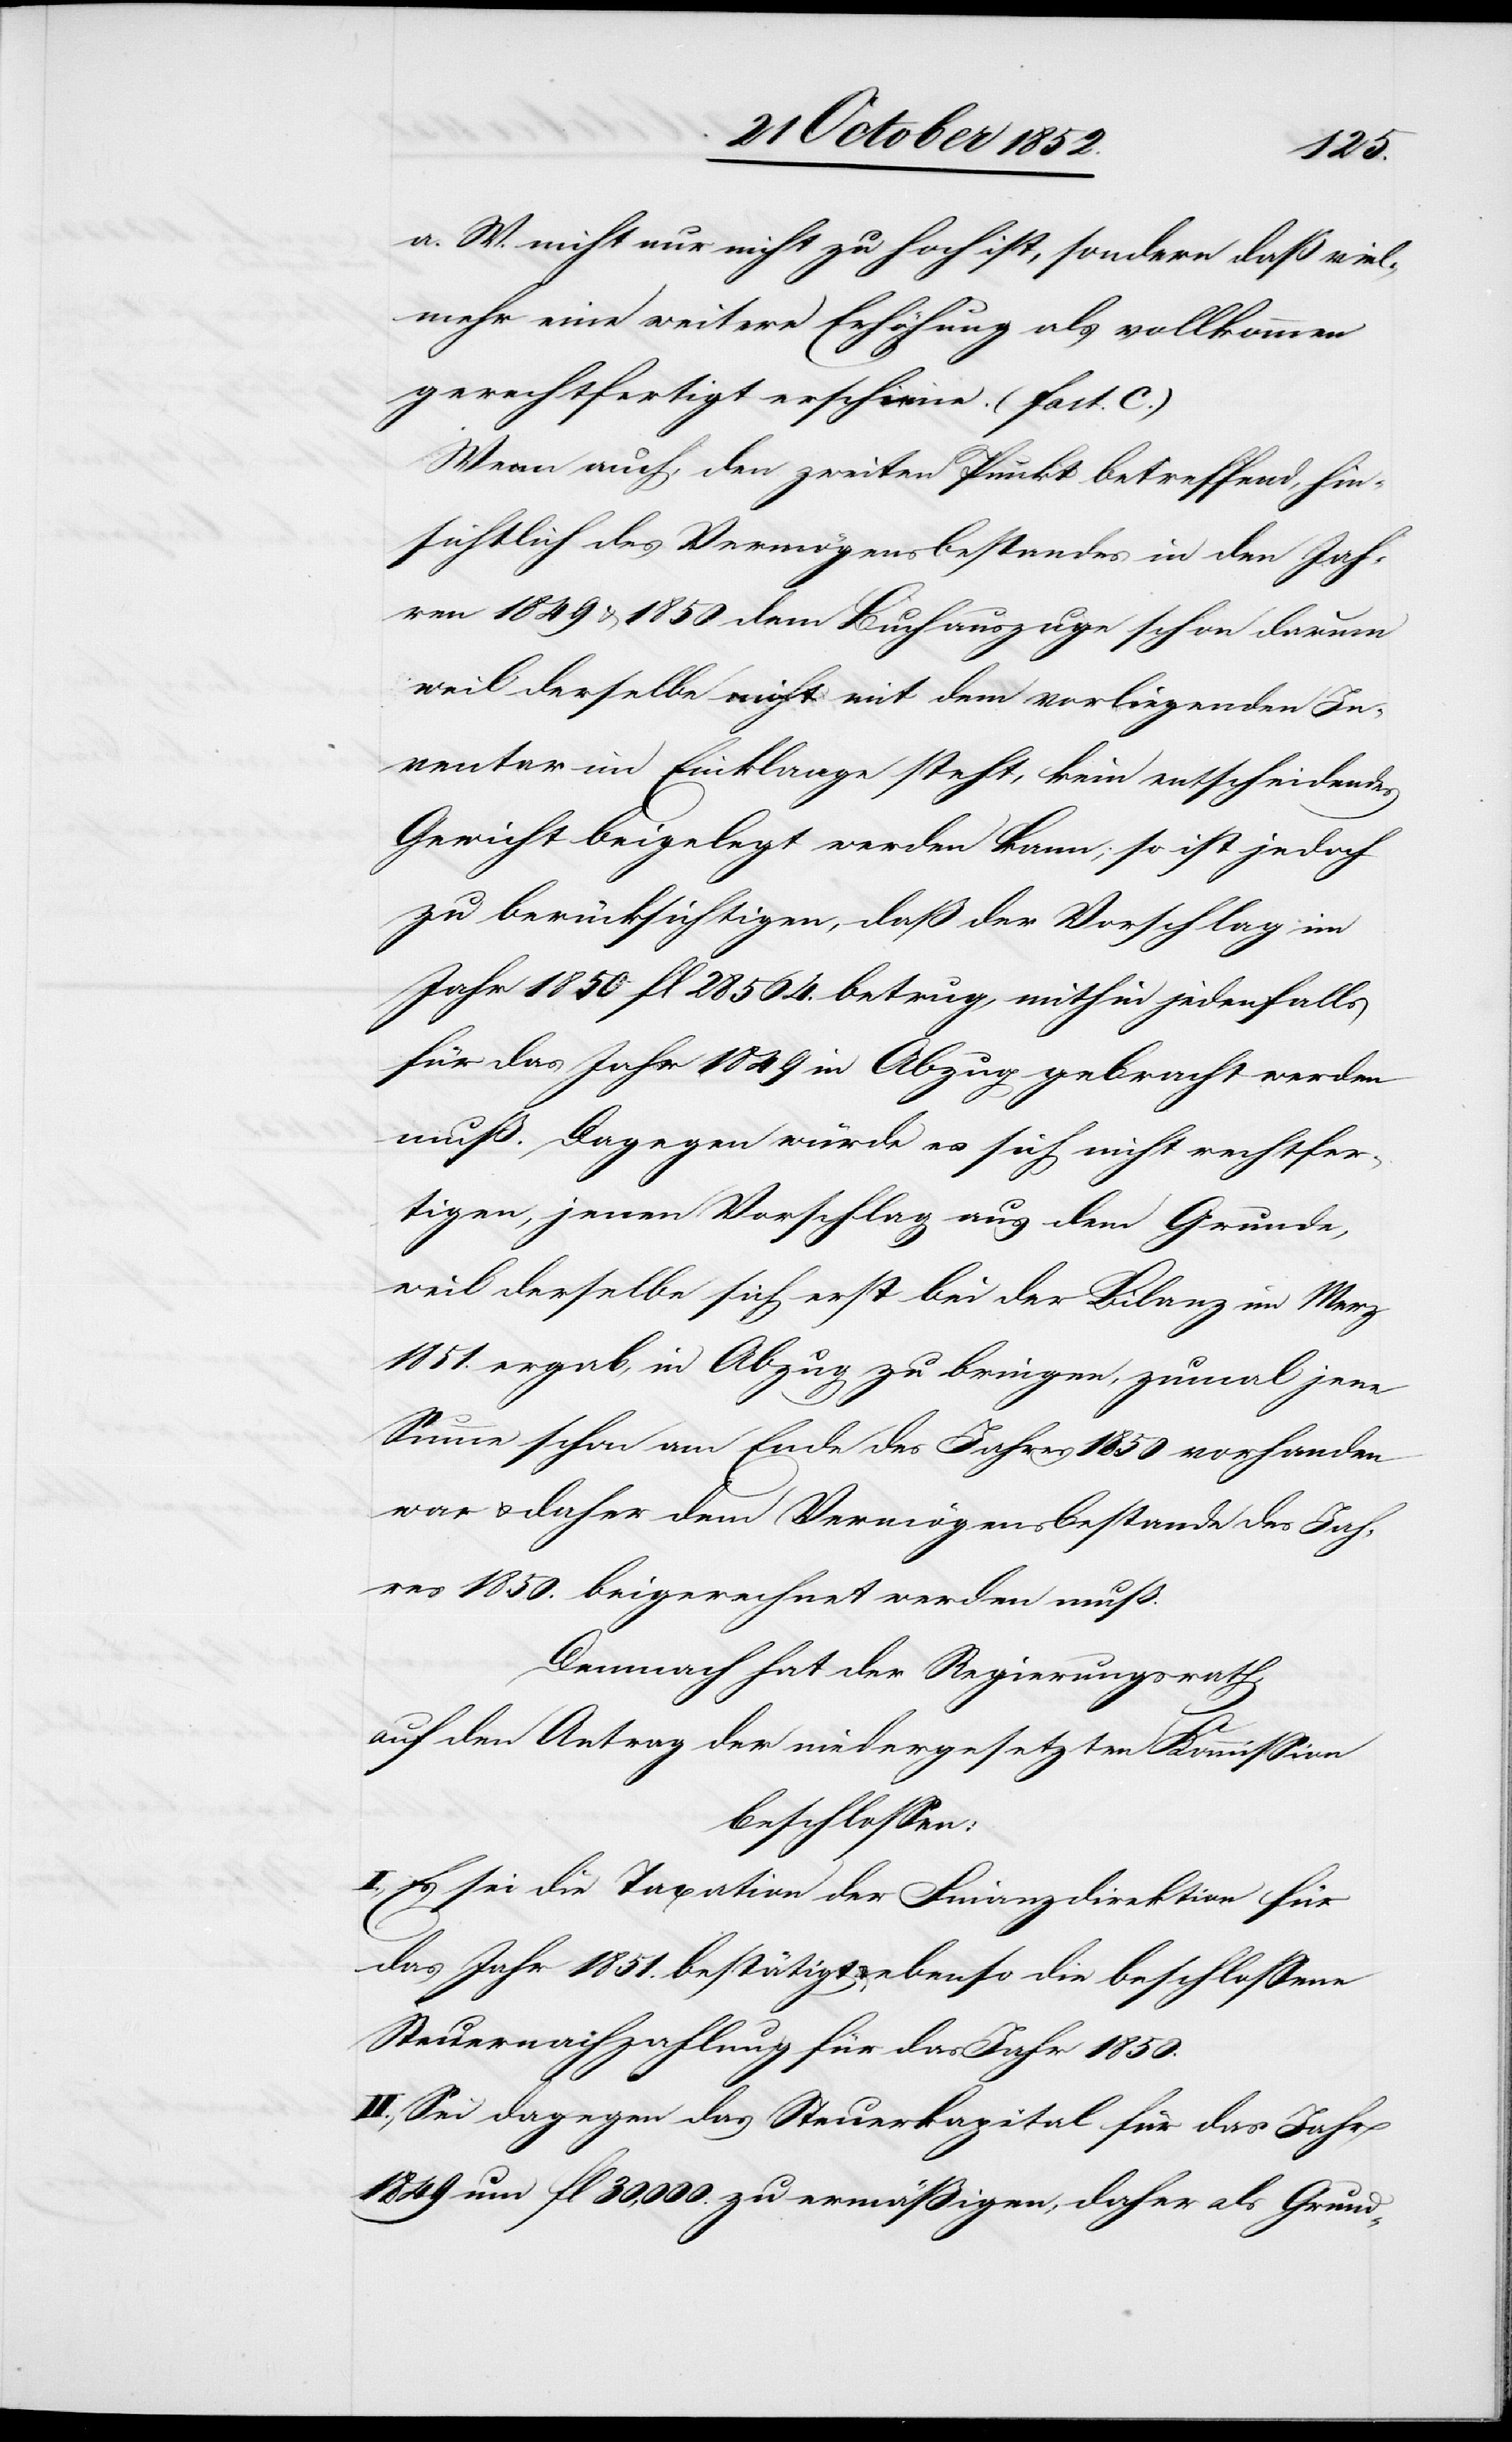
a. W. nicht nur nicht zu hoch ist, sondern daß viel¬
mehr eine weitere Erhöhung als vollkommen
gerechtfertigt erscheine. (Fact. C.)
Wenn auch, den zweiten Punkt betreffend, hin¬
sichtlich des Vermögensbestandes in den Jah¬
ren 1849 & 1850 dem Buchauszuge schon darum
weil derselbe nicht mit dem vorliegenden In¬
ventar im Einklange steht, kein entscheidendes
Gewicht beigelegt werden kann; so ist jedoch
zu berücksichtigen, daß der Vorschlag im
Jahr 1850 fl 28 564. betrug, mithin jedenfalls
für das Jahr 1849 in Abzug gebracht werden
muß. Dagegen würde es sich nicht rechtfer¬
tigen, jenen Vorschlag aus dem Grunde,
weil derselbe sich erst bei der Bilanz im Merz
1851. ergab, in Abzug zu bringen, zumal jene
Summe schon am Ende des Jahres 1850 vorhanden
war & daher dem Vermögensbestande des Jah¬
res 1850. beigerechnet werden muß.
Demnach hat der Regierungsrath,
auf den Antrag der niedergesetzten Kommission
beschlossen:
I., Es sei die Taxation der Finanzdirektion für
das Jahr 1851. bestätigt & ebenso die beschlossene
Steuernachzahlung für das Jahr 1850.
II., Sei dagegen das Steuerkapital für das Jahr
1849 um fl 30,000. zu ermäßigen, daher als Grund-